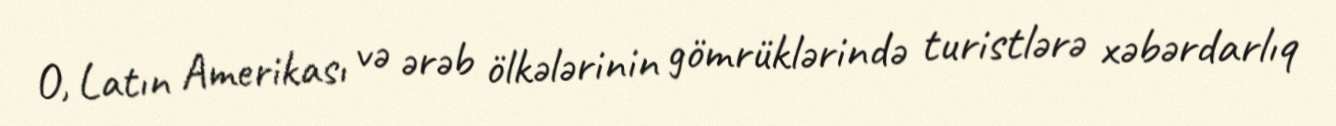
O, Latın Amerikası və ərəb ölkələrinin gömrüklərində turistlərə xəbərdarlıq